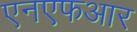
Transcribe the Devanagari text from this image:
एनएफआर